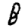
Digit: 8